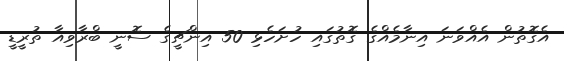
އެގޮތުން އެއްވަނަ އިނާމެއްގެ ގޮތުގައި ހުށަހެޅި 50 އިންޗީގެ ސޮނީ ބްރާވިއާ ތުރީޑީ